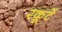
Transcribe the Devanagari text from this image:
रकूटें